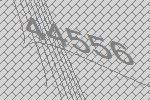
44556